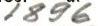
1896